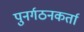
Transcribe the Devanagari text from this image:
पुनर्गठनकर्ता